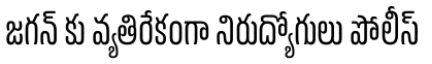
జగన్ కు వ్యతిరేకంగా నిరుద్యోగులు పోలీస్